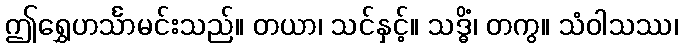
ဤရွှေဟင်္သာမင်းသည်။ တယာ၊ သင်နှင့်။ သဒ္ဓိံ၊ တကွ။ သံဝါသဿ၊